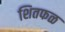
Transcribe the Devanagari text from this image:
शितफळ